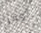
أوفر